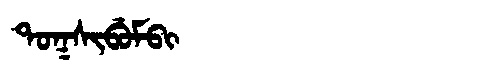
Manchu: ᡨᠣᡴᠰᡳᠪᡠᠮᠪᡳ
Romanization: TOKSIBUMBI